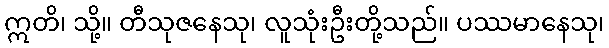
ဣတိ၊ သို့။ တီသုဇနေသု၊ လူသုံးဦးတို့သည်။ ပဿမာနေသု၊